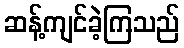
ဆန့်ကျင်ခဲ့ကြသည်